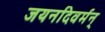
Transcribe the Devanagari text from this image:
जयनदिवर्मन्